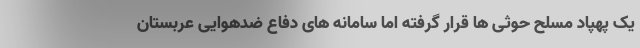
یک پهپاد مسلح حوثی ها قرار گرفته اما سامانه های دفاع ضدهوایی عربستان